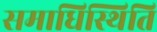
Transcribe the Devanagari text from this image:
समाधिस्थिति